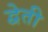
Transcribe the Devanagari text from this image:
द्वेती